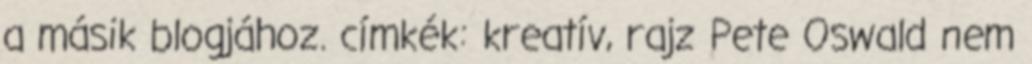
a másik blogjához. címkék: kreatív, rajz Pete Oswald nem